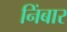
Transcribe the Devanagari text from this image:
निंबार